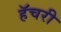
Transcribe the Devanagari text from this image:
हॅचरी